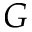
G